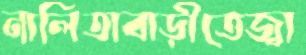
নালিতাবাড়ীতেজ্বা